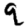
Digit: 9